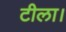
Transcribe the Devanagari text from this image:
टीला।